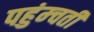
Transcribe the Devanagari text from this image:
पहुंम्चती